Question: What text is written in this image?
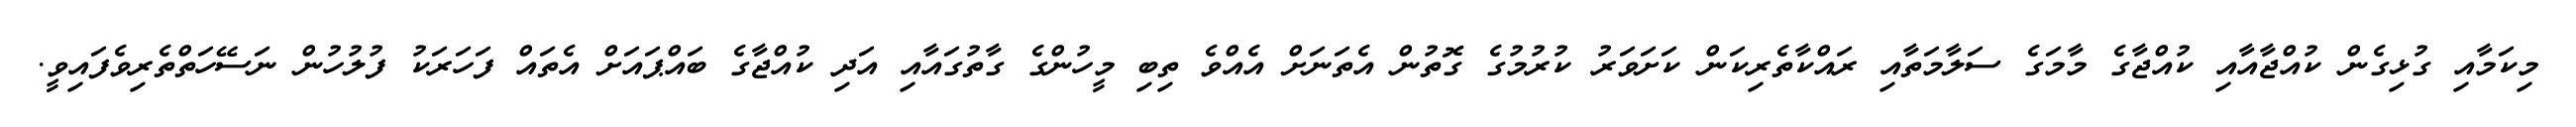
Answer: މިކަމާއި ގުޅިގެން ކުއްޖާއާއި ކުއްޖާގެ މާމަގެ ސަލާމަތާއި ރައްކާތެރިކަން ކަށަވަރު ކުރުމުގެ ގޮތުން އެތަނަށް އެއްވެ ތިބި މީހުންގެ ގާތުގައާއި އަދި ކުއްޖާގެ ބައްޕައަށް އެތައް ފަހަރަކު ފުލުހުން ނަސޭހަތްތެރިވެފައިވީ.